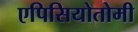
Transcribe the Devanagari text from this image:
एपिसियोतोमी